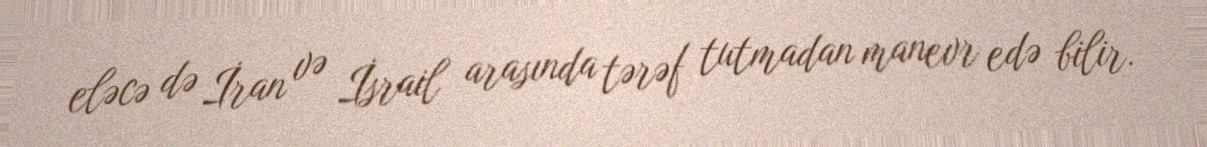
eləcə də İran və İsrail arasında tərəf tutmadan manevr edə bilir.